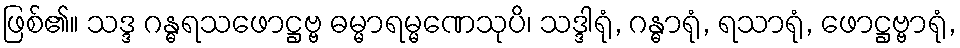
ဖြစ်၏။ သဒ္ဒ ဂန္ဓရသဖောဋ္ဌဗ္ဗ ဓမ္မာရမ္မဏေသုပိ၊ သဒ္ဒါရုံ, ဂန္ဓာရုံ, ရသာရုံ, ဖောဋ္ဌဗ္ဗာရုံ,